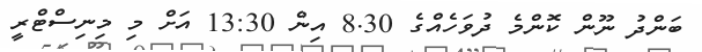
ބަންދު ނޫން ކޮންމެ ދުވަހެއްގެ 8.30 އިން 13:30 އަށް މި މިނިސްޓްރީ